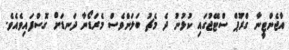
އާޖެންޓީނާ ގްރޫޕް ސްޓޭޖުގައި ކުޅުނު ދެ މެޗު ބަލަންވެސް މެރަޑޯނާ ދަނޑަށް ގޮސްފައިވެއެވެ.